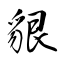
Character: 貇